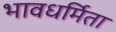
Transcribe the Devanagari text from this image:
भावधर्मिता